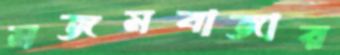
মজমবাজার